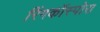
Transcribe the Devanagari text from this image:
रिंगकॉस्पोरा